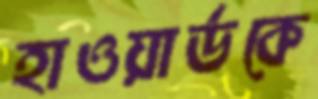
হাওয়ার্ডকে